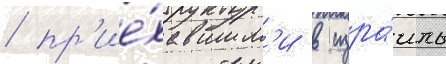
/ пр'ие́хавшим'и в изра́иль